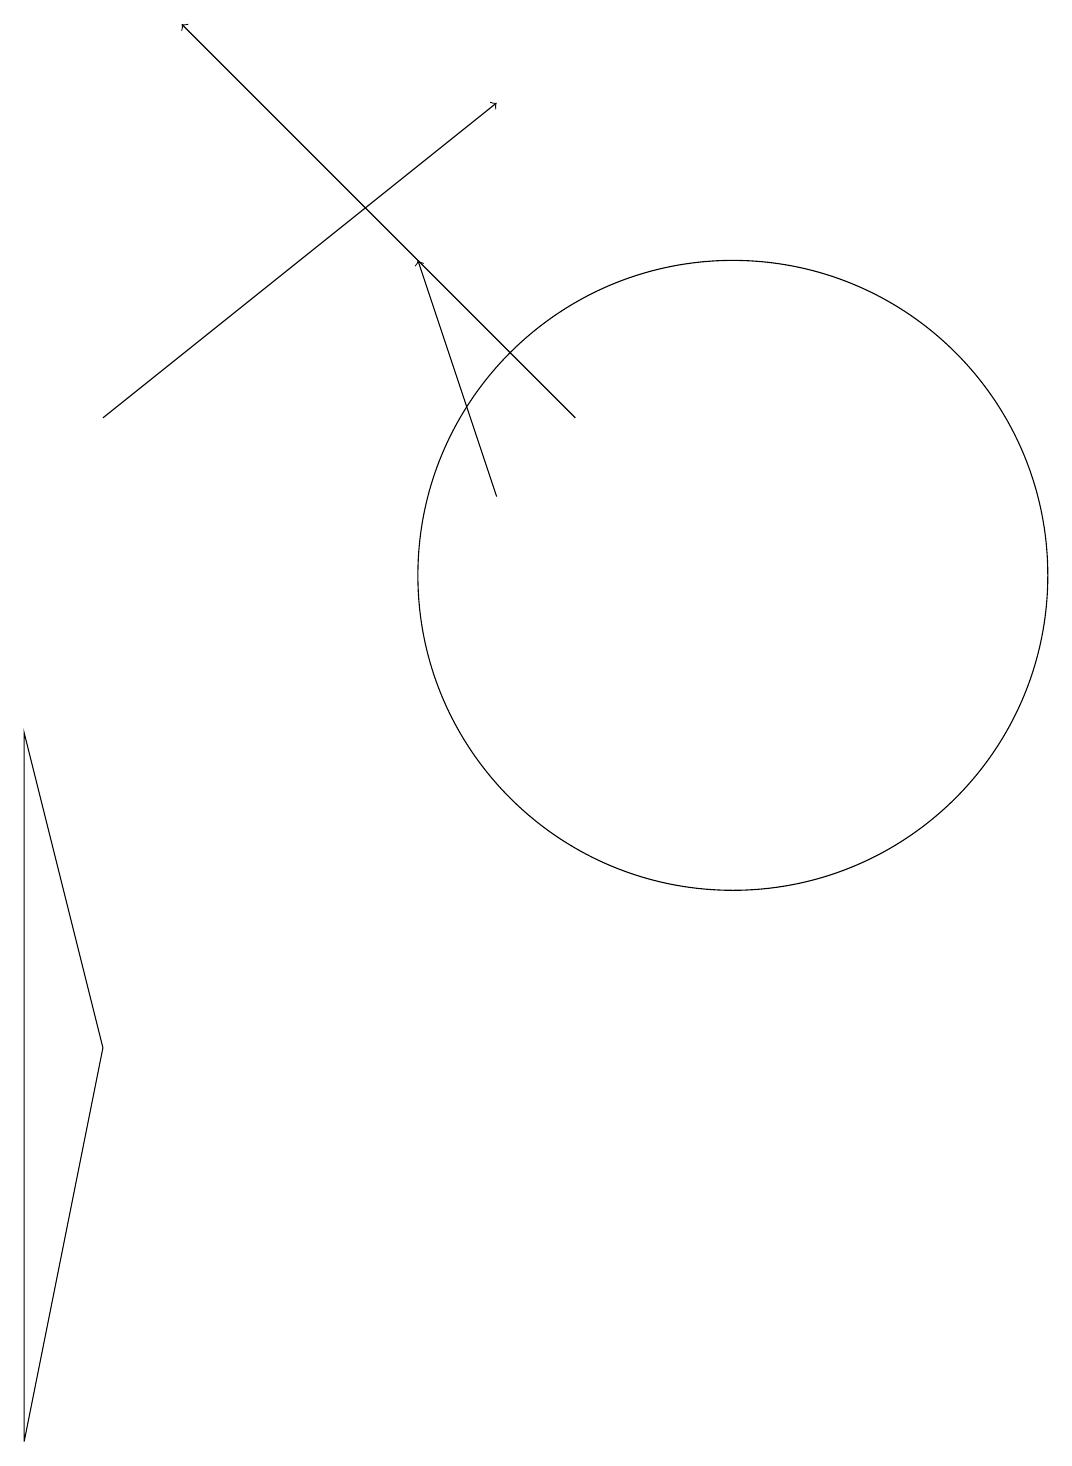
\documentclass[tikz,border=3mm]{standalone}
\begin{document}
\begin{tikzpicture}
\draw[->] (3,13) -- (8,17);
\draw[->] (8,12) -- (7,15);
\draw (11,11) circle (4);
\draw[->] (9,13) -- (4,18);
\draw (2,0) -- (3,5) -- (2,9) -- cycle;
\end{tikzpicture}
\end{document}